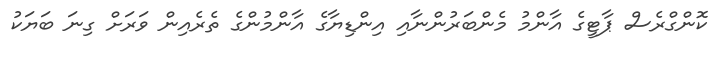
ކޮންގްރެސް ޕާޓީގެ އާންމު މެންބަރުންނާއި އިންޑިޔާގެ އާންމުންގެ ތެރެއިން ވަރަށް ގިނަ ބަޔަކު